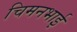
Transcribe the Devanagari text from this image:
चिमनभाई